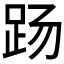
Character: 𰸄